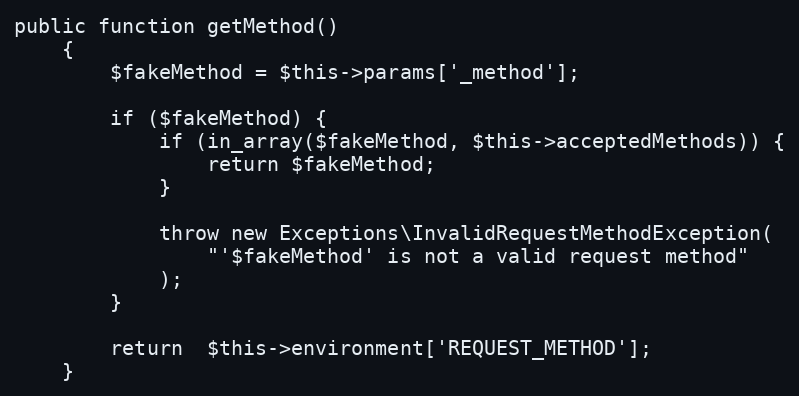
Language: PHP
public function getMethod()
    {
        $fakeMethod = $this->params['_method'];

        if ($fakeMethod) {
            if (in_array($fakeMethod, $this->acceptedMethods)) {
                return $fakeMethod;
            }

            throw new Exceptions\InvalidRequestMethodException(
                "'$fakeMethod' is not a valid request method"
            );
        }

        return  $this->environment['REQUEST_METHOD'];
    }